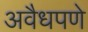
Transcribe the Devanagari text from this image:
अवैधपणे